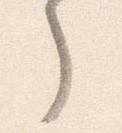
了